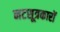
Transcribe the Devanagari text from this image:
नटसूत्रकारों